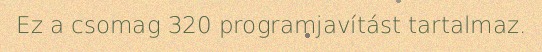
Ez a csomag 320 programjavítást tartalmaz.